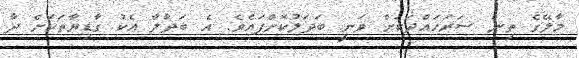
މާލޭގެ ތިން ސަރަހައްދަކަށް ވަނީ ބަދަލުކޮށްފައެވެ. އެ ބަދާލާ އެކު ގާޑިޔާތަކަށް ދާ